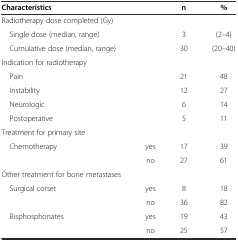
<table><thead><tr><td><b>Characteristics</b></td><td></td><td><b>n</b></td><td><b>%</b></td></tr></thead><tbody><tr><td>Radiotherapy dose completed (Gy)</td><td></td><td></td><td></td></tr><tr><td colspan="2"> Single dose (median, range)</td><td>3</td><td>(2–4)</td></tr><tr><td colspan="2"> Cumulative dose (median, range)</td><td>30</td><td>(20–40)</td></tr><tr><td>Indication for radiotherapy</td><td></td><td></td><td></td></tr><tr><td> Pain</td><td></td><td>21</td><td>48</td></tr><tr><td> Instability</td><td></td><td>12</td><td>27</td></tr><tr><td> Neurologic</td><td></td><td>6</td><td>14</td></tr><tr><td> Postoperative</td><td></td><td>5</td><td>11</td></tr><tr><td>Treatment for primary site</td><td></td><td></td><td></td></tr><tr><td> Chemotherapy</td><td>yes</td><td>17</td><td>39</td></tr><tr><td></td><td>no</td><td>27</td><td>61</td></tr><tr><td>Other treatment for bone metastases</td><td></td><td></td><td></td></tr><tr><td> Surgical corset</td><td>yes</td><td>8</td><td>18</td></tr><tr><td></td><td>no</td><td>36</td><td>82</td></tr><tr><td> Bisphosphonates</td><td>yes</td><td>19</td><td>43</td></tr><tr><td></td><td>no</td><td>25</td><td>57</td></tr></tbody></table>